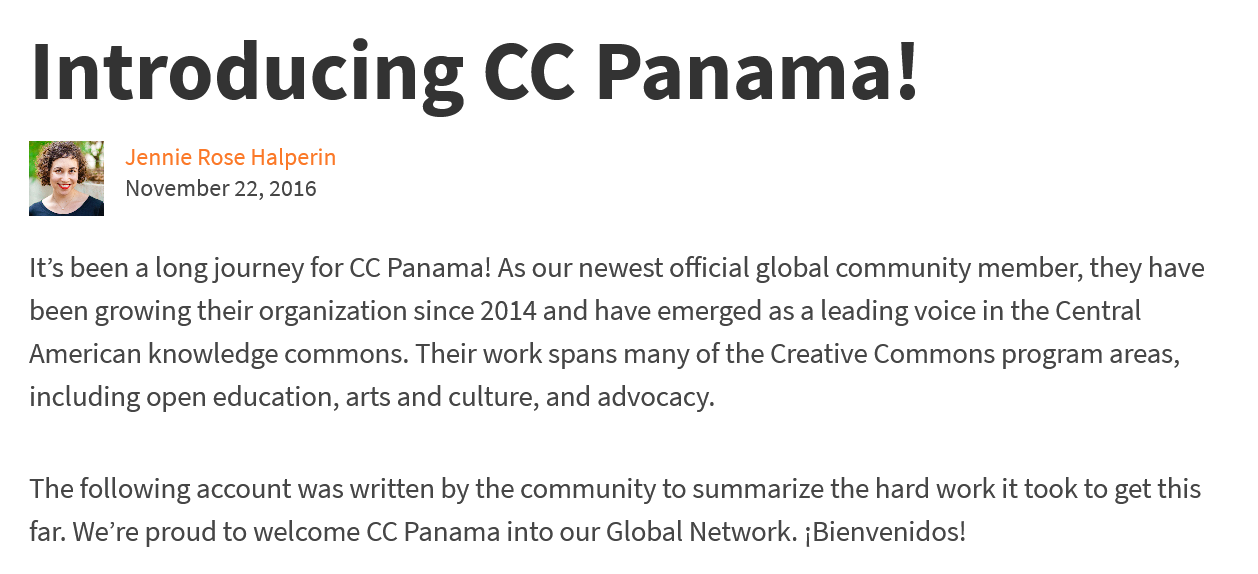
Introducing    CC    Panama!
   It’s been a long journey for CC Panama! As our newest official global community member, they have
   been growing their organization since 2014 and have emerged as a leading voice in the Central
   American knowledge commons. Their work spans many of the Creative Commons program areas,
   including open education, arts and culture, and advocacy.
   The following account was written by the community to summarize the hard work it took to get this
   far. We’re proud to welcome CC Panama into our Global Network. jBienvenidos!
     Jennie Rose Halperin
     November 22, 2016